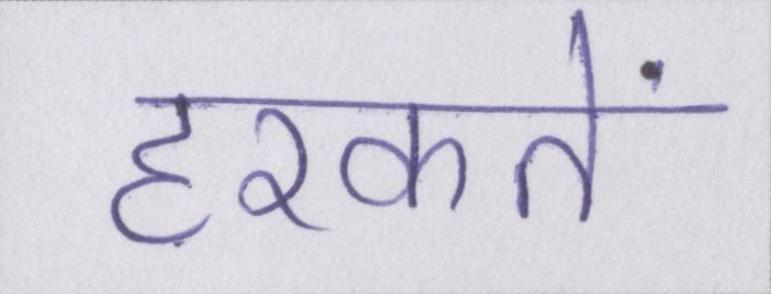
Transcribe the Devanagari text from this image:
हरकतें